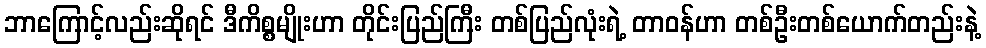
ဘာကြောင့်လည်းဆိုရင် ဒီကိစ္စမျိုးဟာ တိုင်းပြည်ကြီး တစ်ပြည်လုံးရဲ့ တာဝန်ဟာ တစ်ဦးတစ်ယောက်တည်းနဲ့